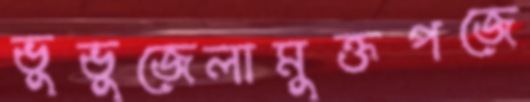
ভুভুজেলামুক্তপজে